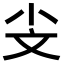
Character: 𣁂